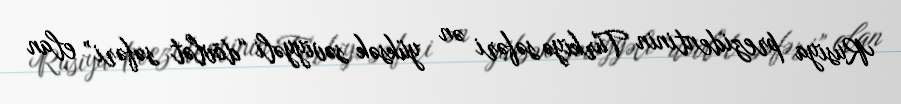
Rusiya prezidentinin Türkiyə səfəri ən yüksək səviyyəli “dövlət səfəri” elan